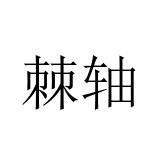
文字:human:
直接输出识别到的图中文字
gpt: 棘轴